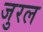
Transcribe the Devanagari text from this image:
जुरल